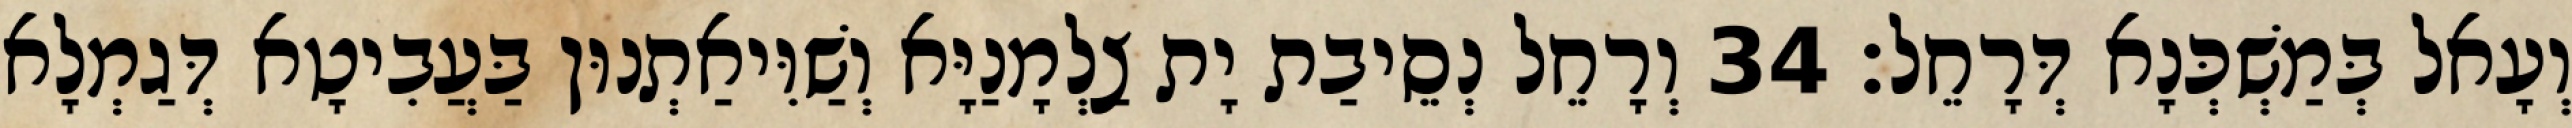
וְעָאל בְּמַשְׁכְּנָא דְּרָחֵל׃ 34 וְרָחֵל נְסֵיבַת יָת צַלְמָנַיָּא וְשַׁוִּיאַתְנוּן בַּעֲבִיטָא דְּגַמְלָא